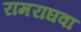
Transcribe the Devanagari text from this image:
रामराघवा